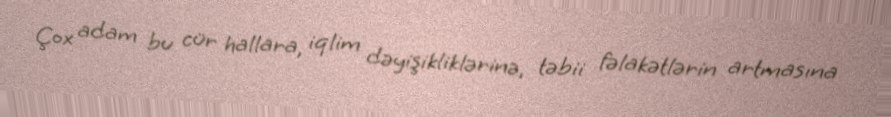
Çox adam bu cür hallara, iqlim dəyişikliklərinə, təbii fəlakətlərin artmasına